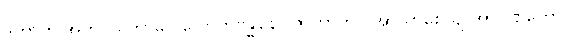
ဒုကာတိ အကပ္ပိယဘာဝေ လောကဗန္ဓုနော ဇာတာတိပိ အာယာစေယျ အာပဏိကော